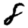
Digit: 8